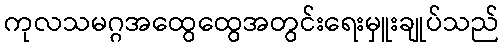
ကုလသမဂ္ဂအထွေထွေအတွင်းရေးမှူးချုပ်သည်